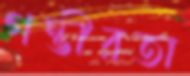
গম্ভীরতা